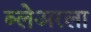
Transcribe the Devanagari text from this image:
ब्लेअरला